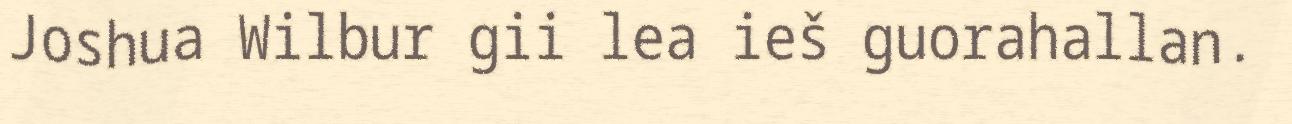
Joshua Wilbur gii lea ieš guorahallan.